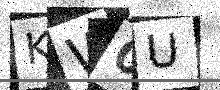
Text: KW0U